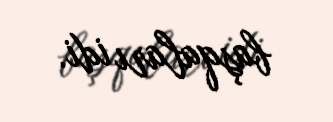
başqaları idi.